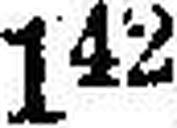
142